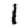
Digit: 1